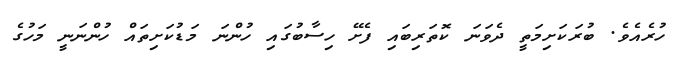
ހުރެއެވެ. ބުރަކަށިމަތީ ދެވަނަ ކޮތަރިބައި ފެށޭ ހިސާބުގައި ހުންނަ މަޑުކަށިތައް ހުންނަނީ މަހުގެ